Malaria in the Punjab - Number 46
Disease focus: Malaria
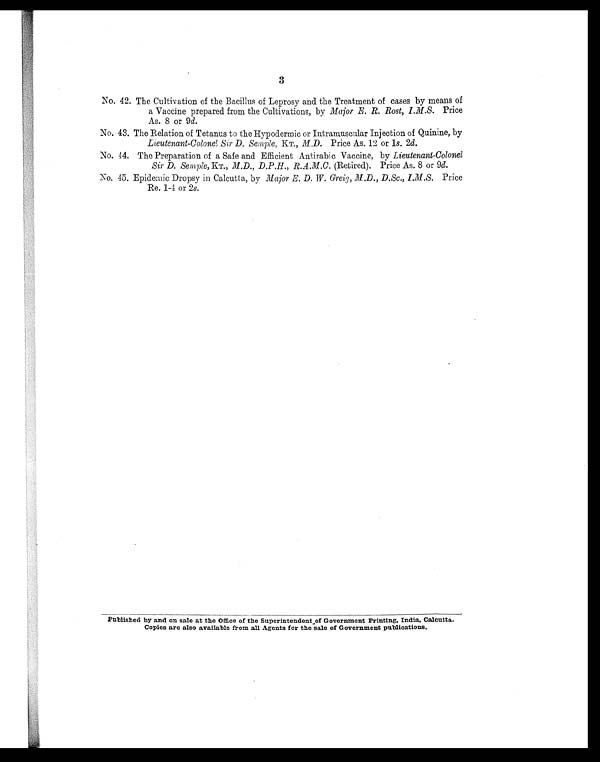
3
No. 42. The Cultivation of the Bacillus of Leprosy and the Treatment of cases by means of
a Vaccine prepared from the Cultivations, by Major E. R. Rost, I.M.S. Price
As. 8 or 9d.
No. 43. The Relation of Tetanus to the Hypodermic or Intramuscular Injection of Quinine, by
Lieutenant-Colonel Sir D. Semple, KT ., M.D. Price As. 12 or 1 s. 2d.
No. 44. The Preparation of a Safe and Efficient Antirabic Vaccine, by Lieutenant-Colonel
Sir D. Semple, KT., M.D., D.P.H., R.A.M.C. (Retired). Price As. 8 or 9 d.
No. 45. Epidemic Dropsy in Calcutta, by Major B. D. W. Greig, M.D., D.Sc., I.M.S. Price
Re. 1-4 or 2s.
Published by and on sale at the Office of the Superintendent of Government Printing, India, Calcutta.
Copies are also available from all Agents for the sale of Government publications.